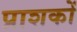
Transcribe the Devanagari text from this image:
प्राशकों